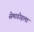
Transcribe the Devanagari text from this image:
सेमाडोहला